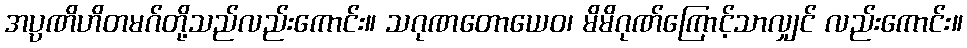
အပ္ပဏိဟိတမဂ်တို့သည်လည်းကောင်း။ သဂုဏတောယေဝ၊ မိမိဂုဏ်ကြောင့်သာလျှင် လည်းကောင်း။